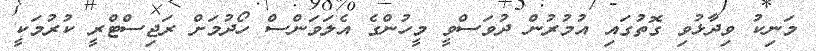
މަނިކު ވިދާޅުވި ގޮތުގައި އުމުރުން ދުވަސްވީ މީހުންގެ އެލަވަންސް ހޯދުމަށް ރަޖިސްޓްރީ ކުރުމަކީ